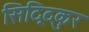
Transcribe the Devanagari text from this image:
सिद्दिकुर